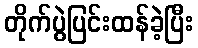
တိုက်ပွဲပြင်းထန်ခဲ့ပြီး